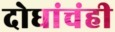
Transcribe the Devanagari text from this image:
दोघांचंही